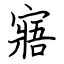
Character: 寤